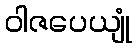
ဝါဇပေယျုံ